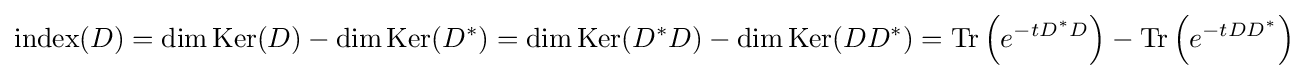
\operatorname {index} (D)=\dim \operatorname {Ker} (D)-\dim \operatorname {Ker} (D^{*})=\dim \operatorname {Ker} (D^{*}D)-\dim \operatorname {Ker} (DD^{*})=\operatorname {Tr} \left(e^{-tD^{*}D}\right)-\operatorname {Tr} \left(e^{-tDD^{*}}\right)